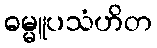
ဓမ္မူပသံဟိတ